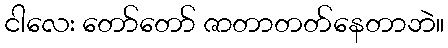
ငါလေး တော်တော် ဇာတာတတ်နေတာဘဲ။